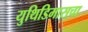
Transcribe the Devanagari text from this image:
युथिडिमासचा